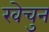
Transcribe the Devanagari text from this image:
खेचुन